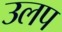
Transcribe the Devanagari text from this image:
उलप